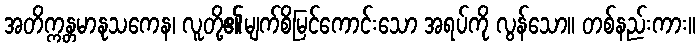
အတိက္ကန္တမာနုသကေန၊ လူတို့၏မျက်စိမြင်ကောင်းသော အရပ်ကို လွန်သော။ တစ်နည်းကား။